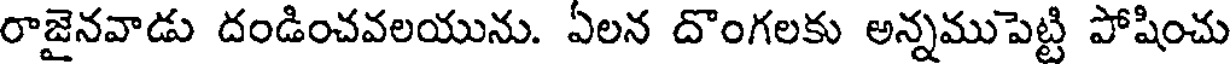
రాజైనవాడు దండించవలయును. ఏలన దొంగలకు అన్నముపెట్టి పోషించు